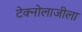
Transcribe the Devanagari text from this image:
टेक्नोलाजीला